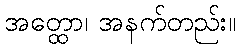
အတ္ထော၊ အနက်တည်း။